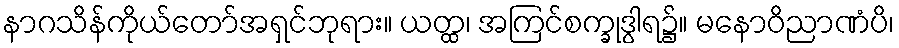
နာဂသိန်ကိုယ်တော်အရှင်ဘုရား။ ယတ္ထ၊ အကြင်စက္ခုဒွါရ၌။ မနောဝိညာဏံပိ၊